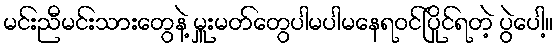
မင်းညီမင်းသားတွေနဲ့ မှူးမတ်တွေပါမပါမနေရဝင်ပြိုင်ရတဲ့ ပွဲပေါ့။